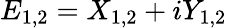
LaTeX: E_{1,2}=X_{1,2}+iY_{1,2}